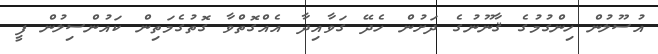
އުސޫލުން ހިންގުމުގެ ޤާނޫނުގެ ދަށުން ހެދޭ ގަވާއިދާ އެއްގޮތްވާ ގޮތުގެމަތިން ކައުންސިލުން ފީ